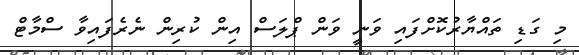
މި ގަޑި ތައްޔާރުކޮށްފައި ވަނީ ވަން ޕްލަސް އިން ކުރިން ނެރެފައިވާ ސްމާޓް